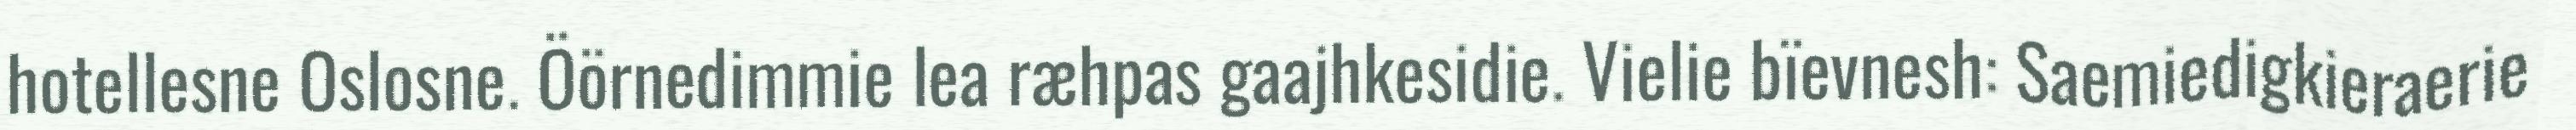
hotellesne Oslosne. Öörnedimmie lea ræhpas gaajhkesidie. Vielie bïevnesh: Saemiedigkieraerie